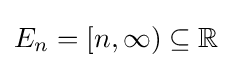
E_{n}=[n,\infty )\subseteq \mathbb {R}